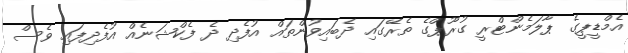
އެމްޑީޕީގެ ޕާލަމެންޓްރީ ގުރޫޕްގެ ތެރޭގައި ދެބައިވުންތައް އުފެދި ދެ ފެކްޝަނެއް އުފެދިފައި ވެސް